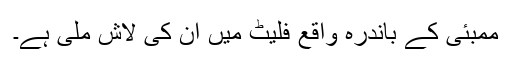
ممبئی کے باندرہ واقع فلیٹ میں ان کی لاش ملی ہے۔